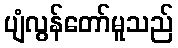
ပျံလွန်တော်မူသည်